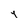
Character: 4